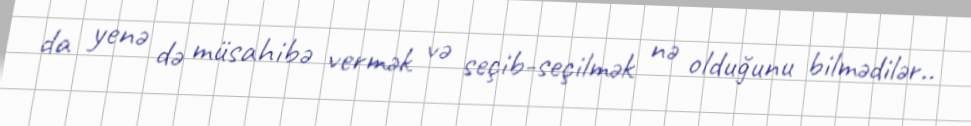
da yenə də müsahibə vermək və seçib-seçilmək nə olduğunu bilmədilər..